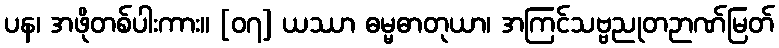
ပန၊ အဖိုတစ်ပါးကား။ [၀၇] ယဿာ ဓမ္မဓာတုယာ၊ အကြင်သဗ္ဗညုတဉာဏ်မြတ်